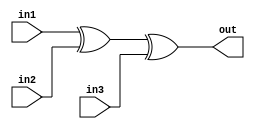
/*
    CS/ECE 552 Spring '19
    Homework #3, Problem 2

    3 input XOR
*/
module xor3 (in1,in2,in3,out);
   input in1,in2,in3;
   output out;
   assign out = in1 ^ in2 ^ in3;
endmodule